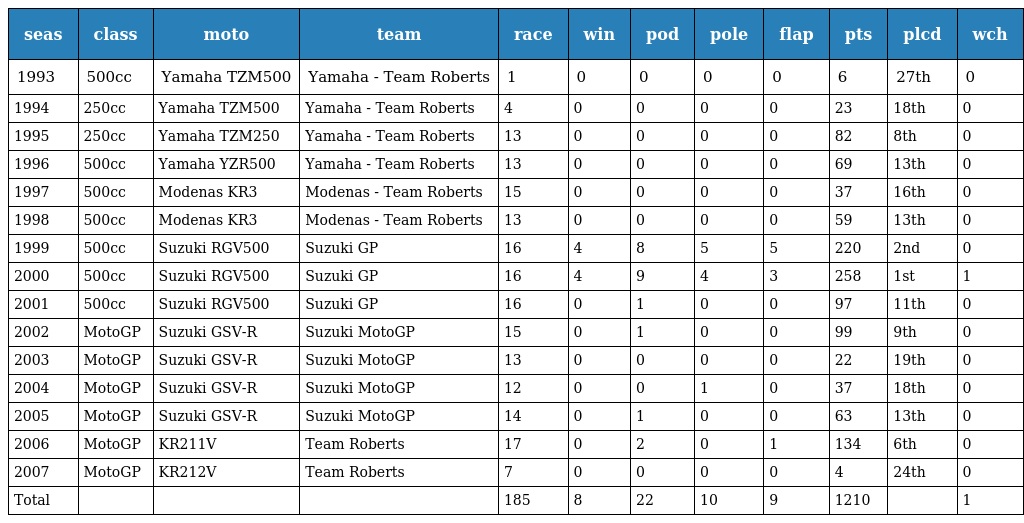
| seas | class | moto | team | race | win | pod | pole | flap | pts | plcd | wch |
 | --- | --- | --- | --- | --- | --- | --- | --- | --- | --- | --- | --- |
 | 1993 | 500cc | Yamaha TZM500 | Yamaha - Team Roberts | 1 | 0 | 0 | 0 | 0 | 6 | 27th | 0 |
 | 1994 | 250cc | Yamaha TZM500 | Yamaha - Team Roberts | 4 | 0 | 0 | 0 | 0 | 23 | 18th | 0 |
 | 1995 | 250cc | Yamaha TZM250 | Yamaha - Team Roberts | 13 | 0 | 0 | 0 | 0 | 82 | 8th | 0 |
 | 1996 | 500cc | Yamaha YZR500 | Yamaha - Team Roberts | 13 | 0 | 0 | 0 | 0 | 69 | 13th | 0 |
 | 1997 | 500cc | Modenas KR3 | Modenas - Team Roberts | 15 | 0 | 0 | 0 | 0 | 37 | 16th | 0 |
 | 1998 | 500cc | Modenas KR3 | Modenas - Team Roberts | 13 | 0 | 0 | 0 | 0 | 59 | 13th | 0 |
 | 1999 | 500cc | Suzuki RGV500 | Suzuki GP | 16 | 4 | 8 | 5 | 5 | 220 | 2nd | 0 |
 | 2000 | 500cc | Suzuki RGV500 | Suzuki GP | 16 | 4 | 9 | 4 | 3 | 258 | 1st | 1 |
 | 2001 | 500cc | Suzuki RGV500 | Suzuki GP | 16 | 0 | 1 | 0 | 0 | 97 | 11th | 0 |
 | 2002 | MotoGP | Suzuki GSV-R | Suzuki MotoGP | 15 | 0 | 1 | 0 | 0 | 99 | 9th | 0 |
 | 2003 | MotoGP | Suzuki GSV-R | Suzuki MotoGP | 13 | 0 | 0 | 0 | 0 | 22 | 19th | 0 |
 | 2004 | MotoGP | Suzuki GSV-R | Suzuki MotoGP | 12 | 0 | 0 | 1 | 0 | 37 | 18th | 0 |
 | 2005 | MotoGP | Suzuki GSV-R | Suzuki MotoGP | 14 | 0 | 1 | 0 | 0 | 63 | 13th | 0 |
 | 2006 | MotoGP | KR211V | Team Roberts | 17 | 0 | 2 | 0 | 1 | 134 | 6th | 0 |
 | 2007 | MotoGP | KR212V | Team Roberts | 7 | 0 | 0 | 0 | 0 | 4 | 24th | 0 |
 | Total |  |  |  | 185 | 8 | 22 | 10 | 9 | 1210 |  | 1 |